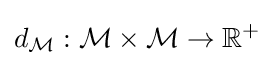
d_{\mathcal {M}}:{\mathcal {M}}\times {\mathcal {M}}\rightarrow \mathbb {R} ^{+}